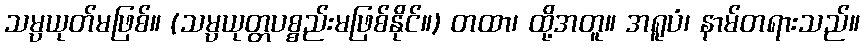
သမ္ပယုတ်မဖြစ်။ (သမ္ပယုတ္တပစ္စည်းမဖြစ်နိုင်။) တထာ၊ ထို့အတူ။ အရူပံ၊ နာမ်တရားသည်။